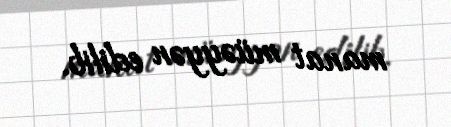
manat müəyyən edilib.